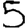
Digit: 5